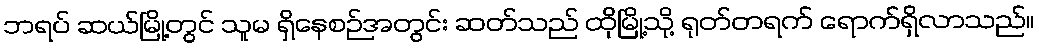
ဘရပ် ဆယ်မြို့တွင် သူမ ရှိနေစဉ်အတွင်း ဆတ်သည် ထိုမြို့သို့ ရုတ်တရက် ရောက်ရှိလာသည်။